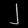
Digit: ၂